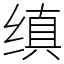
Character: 缜